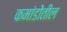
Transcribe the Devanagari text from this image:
कमांडोंतील